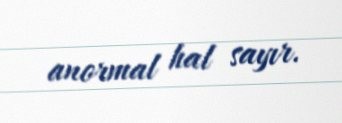
anormal hal sayır.